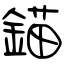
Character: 錨